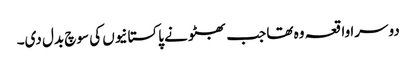
دوسرا واقعہ وہ تھا جب بھٹو نے پاکستانیوں کی سوچ بدل دی۔